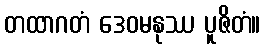
တထာဂတံ ဒေဝမနုဿ ပူဇိတံ။